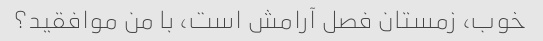
خوب، زمستان فصل آرامش است، با من موافقید؟